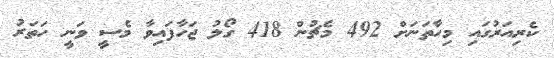
ކެރިއަރުގައި މިހާތަނަށް 492 މެޗުން 418 ގޯލު ޖަހާފައިވާ މެސީ ވަނީ ހަތަރު